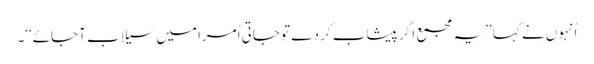
اُنہوں نے کہا ’’یہ مجمع اگر پیشاب کر دے تو جاتی اُمرا میں سیلاب آجائے‘‘۔